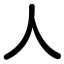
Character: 人